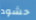
حشود